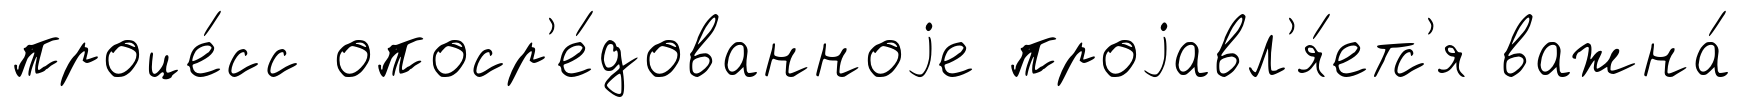
проце́сс опоср'е́дованноjе проjавл'я́етс'я важна́